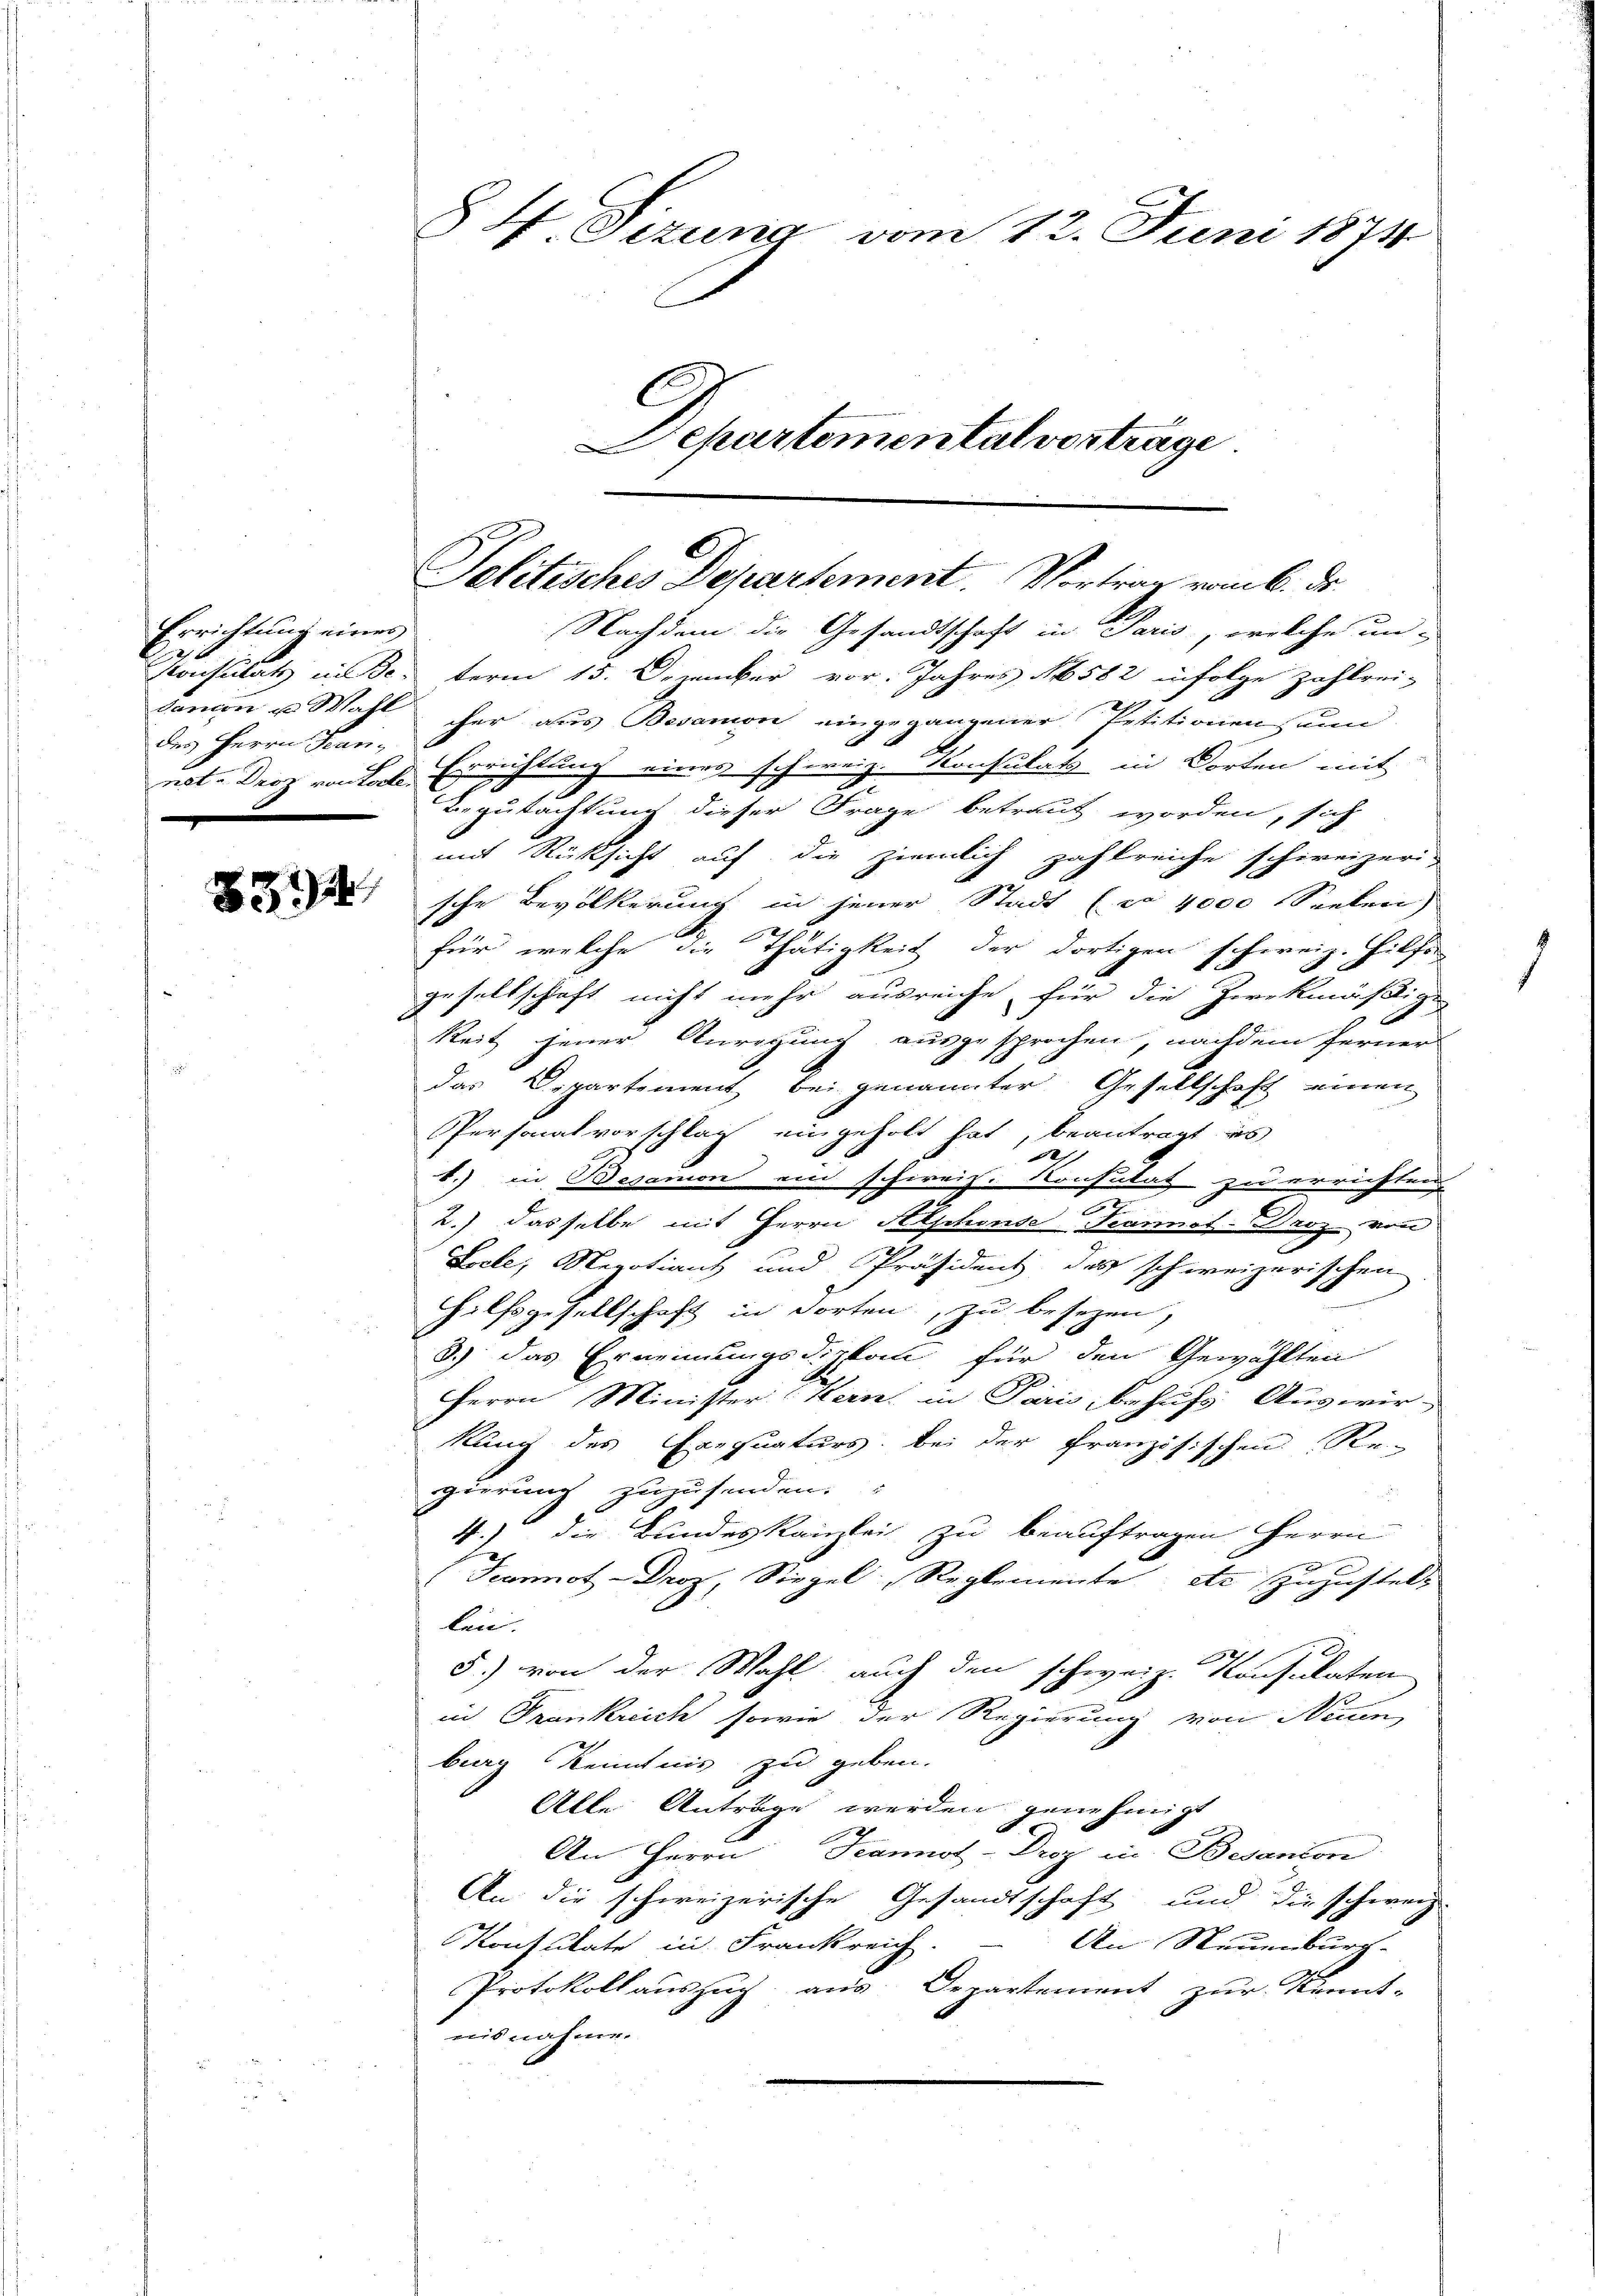
Errichtung eines
des Herrn Sani¬

§ 4. Sizung vom 12. Juni 1874
Departementalverträge

Politisches Departement. Vortrag vom 6. ds.

Nachdem die Gesandtschaft in Paris, welche un-
Konsulats in Determ 15. Demucker vor. Jahres 18582 infolge zahlrei-
danion u. Wahl her aus Besanon eingegangener Petitionen, un
not. Droz von tale Errichtung einen schweiz. Konsulats in Dorten mit
Begutachtung dieser Frage betraut worden, sich
mit Rücksicht auf die ziemlich zahlreiche schweizeri-
84 sche Bevölkerung in jener Stadt (wo 1000 Seeberi
für welche die Thätigkeit der dortigen schweiz. Hilfe
gesellschaft nicht mehr ausreiche für die Zweckmäßige
E
keit jener Anregung ausgesprochen, nachdem ferner
das Departement bei genannter Gesellschaft einen
Personalvorschlag eingeholt hat, beantragt es
b.) in Besanion am schweiz. Konsulat zu errichten
5
2.) dasselbe mit Herrn Alphons Teannat-Droz. von
Leele, Megotiant und Präsident des schweizerischen
Hilfsgesellschaft in dorten, zu besezen,
8.) Das Ernennungsdirken für den Gewählten
Herrn Minister Kern in Paris, behufs Auswir-
Rang des Erequaturs, bei der Französischen Re-
gierung zuzusenden.
4.) die Bundeskanzlei zu beauftragen Herrn
Fanos Droz, Siegel, Reglemente etc zuzustell
lein.
5.) von der Wahl auch den schweiz. Konsulaten
in Frankreich sowie der Regierung von Neuen
burg Kenntnis zu geben.
Alle Anträge werden genehmigt
An Herrn Teannol-Droz. in Besanton
An die schweizerische Gesandtschaft und die schweiz.
Konsulate in Frankreich
An Neuenburg-
Protokollauszug aus Departement zur Kennt-
nisnahme.